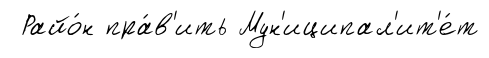
Райо́н пра́в'ить Мун'иципал'ит'е́т